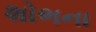
શોભના